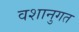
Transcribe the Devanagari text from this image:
वशानुगत